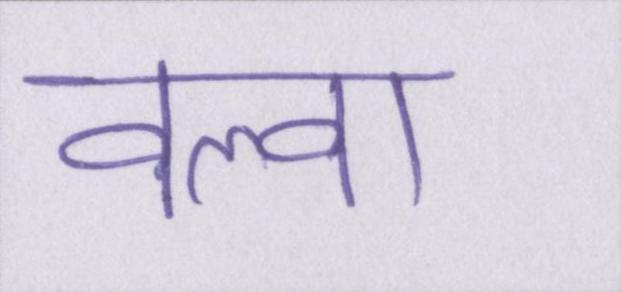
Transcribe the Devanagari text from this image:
वल्वा